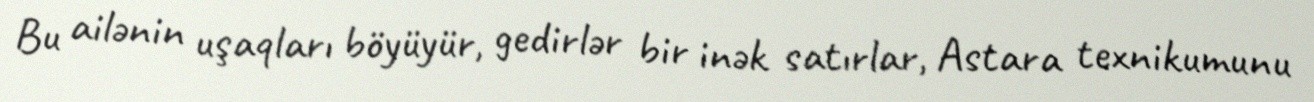
Bu ailənin uşaqları böyüyür, gedirlər bir inək satırlar, Astara texnikumunu